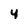
Character: 4